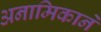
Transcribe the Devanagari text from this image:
अनामिकाने